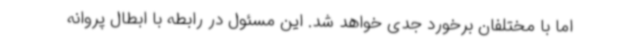
اما با مختلفان برخورد جدی خواهد شد. این مسئول در رابطه با ابطال پروانه